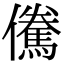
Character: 儯